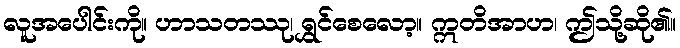
လူအပေါင်းကို။ ဟာသတဿု၊ ရွှင်စေလော့။ ဣတိအာဟ၊ ဤသို့ဆို၏။